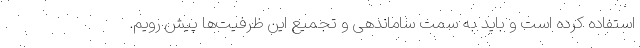
استفاده کرده است و باید به سمت ساماندهی و تجمیع این ظرفیت‌ها پیش رویم.